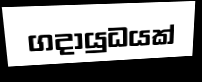
ගදායුධයක්